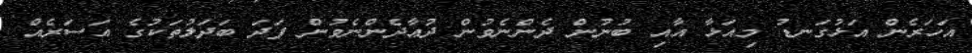
އަހަރެން އަޅުގަނޑު މިއަޅާ އާއި ބުނުން ދެންނެވުން ދުޢާދެންނެވުން ފަދަ ބަދަލުތަކުގެ އަސަރެއް